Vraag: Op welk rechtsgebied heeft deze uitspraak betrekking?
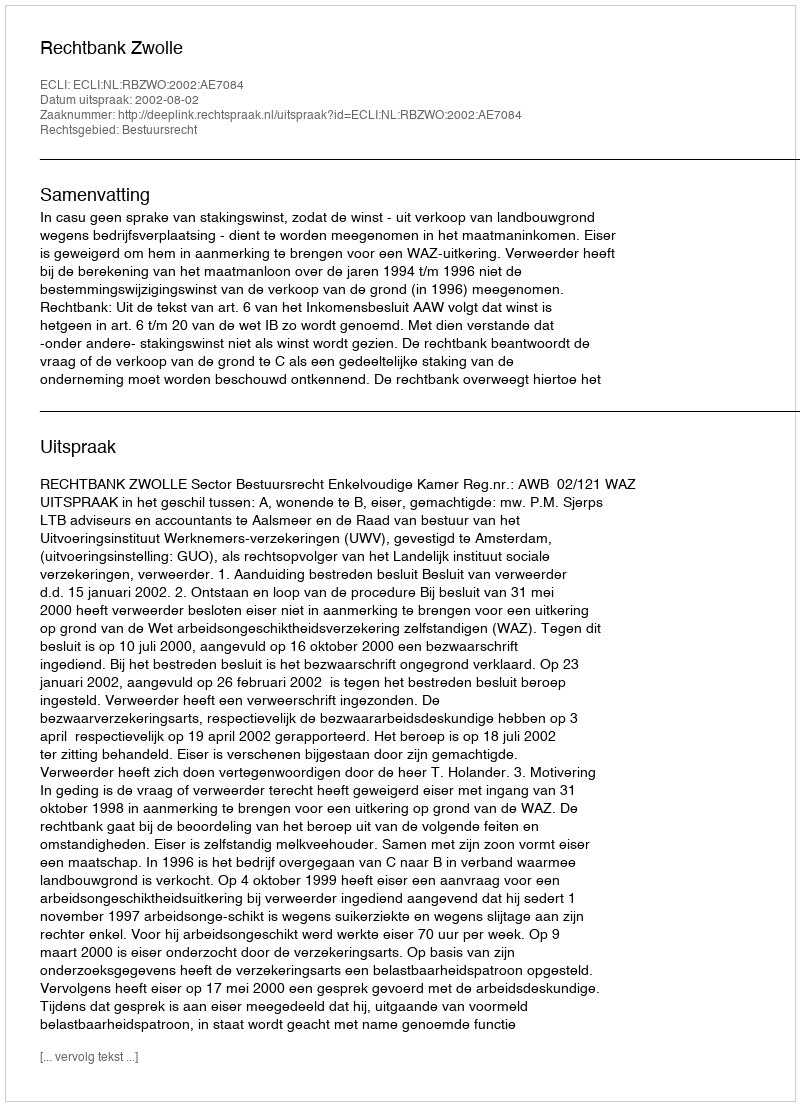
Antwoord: Bestuursrecht